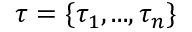
\tau = \{ \tau _ { 1 } , . . . , \tau _ { n } \}